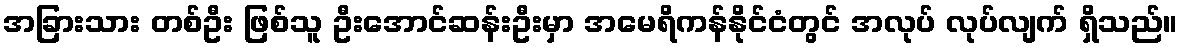
အခြားသား တစ်ဦး ဖြစ်သူ ဦးအောင်ဆန်းဦးမှာ အမေရိကန်နိုင်ငံတွင် အလုပ် လုပ်လျက် ရှိသည်။